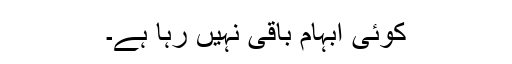
کوئی ابہام باقی نہیں رہا ہے۔